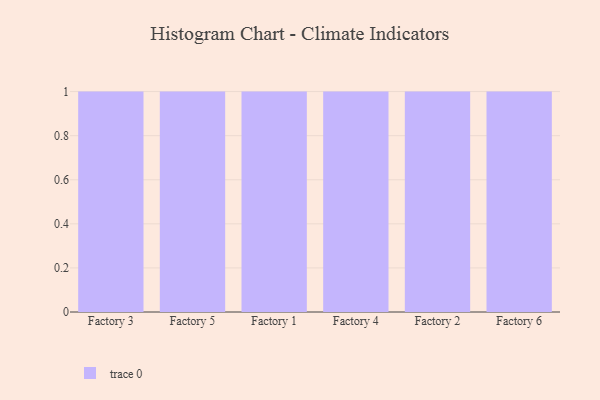
{"axis": {"x": "Factory", "y": "Net Income (USD K)"}, "legend": [""], "data": [{"x": "Factory 3", "y": 30, "type": ""}, {"x": "Factory 5", "y": 45, "type": ""}, {"x": "Factory 1", "y": 46, "type": ""}, {"x": "Factory 4", "y": 21, "type": ""}, {"x": "Factory 2", "y": 80, "type": ""}, {"x": "Factory 6", "y": 9, "type": ""}]}